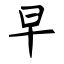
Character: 早